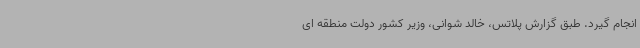
انجام گیرد. طبق گزارش پلاتس، خالد شوانی، وزیر کشور دولت منطقه ای